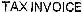
TAX INVOICE